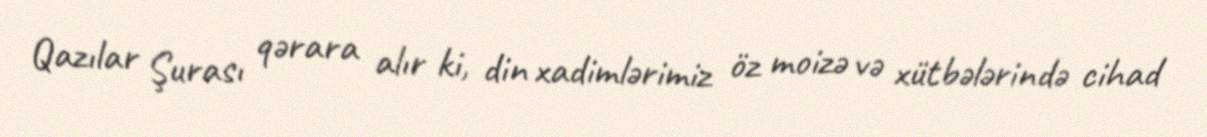
Qazılar Şurası qərara alır ki, din xadimlərimiz öz moizə və xütbələrində cihad